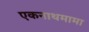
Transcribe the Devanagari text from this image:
एकनाथमामा